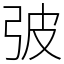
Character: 㢰